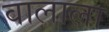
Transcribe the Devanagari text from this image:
वालाला